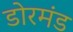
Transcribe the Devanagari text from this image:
डोरमंड